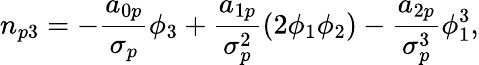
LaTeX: n_{p3}=-\frac{a_{0p}}{\sigma_{p}}\phi_{3}+\frac{a_{1p}}{\sigma_{p}^{2}}(2\phi_{1}\phi_{2})-\frac{a_{2p}}{\sigma_{p}^{3}}\phi_{1}^{3},